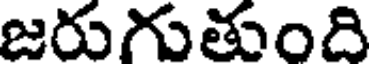
జరుగుతుంది